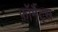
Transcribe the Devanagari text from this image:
फ़ॉर्मैट्स